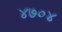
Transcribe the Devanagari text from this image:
४७०४